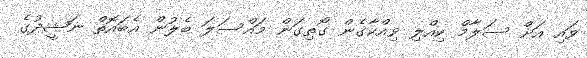
ވައި އަށް ސަލާމް ކިއްލި ވިއްކާގެން ގޯތިގަން މައްސަލަ ބެލުން އެބައޮތް ނަޝީދުގެ